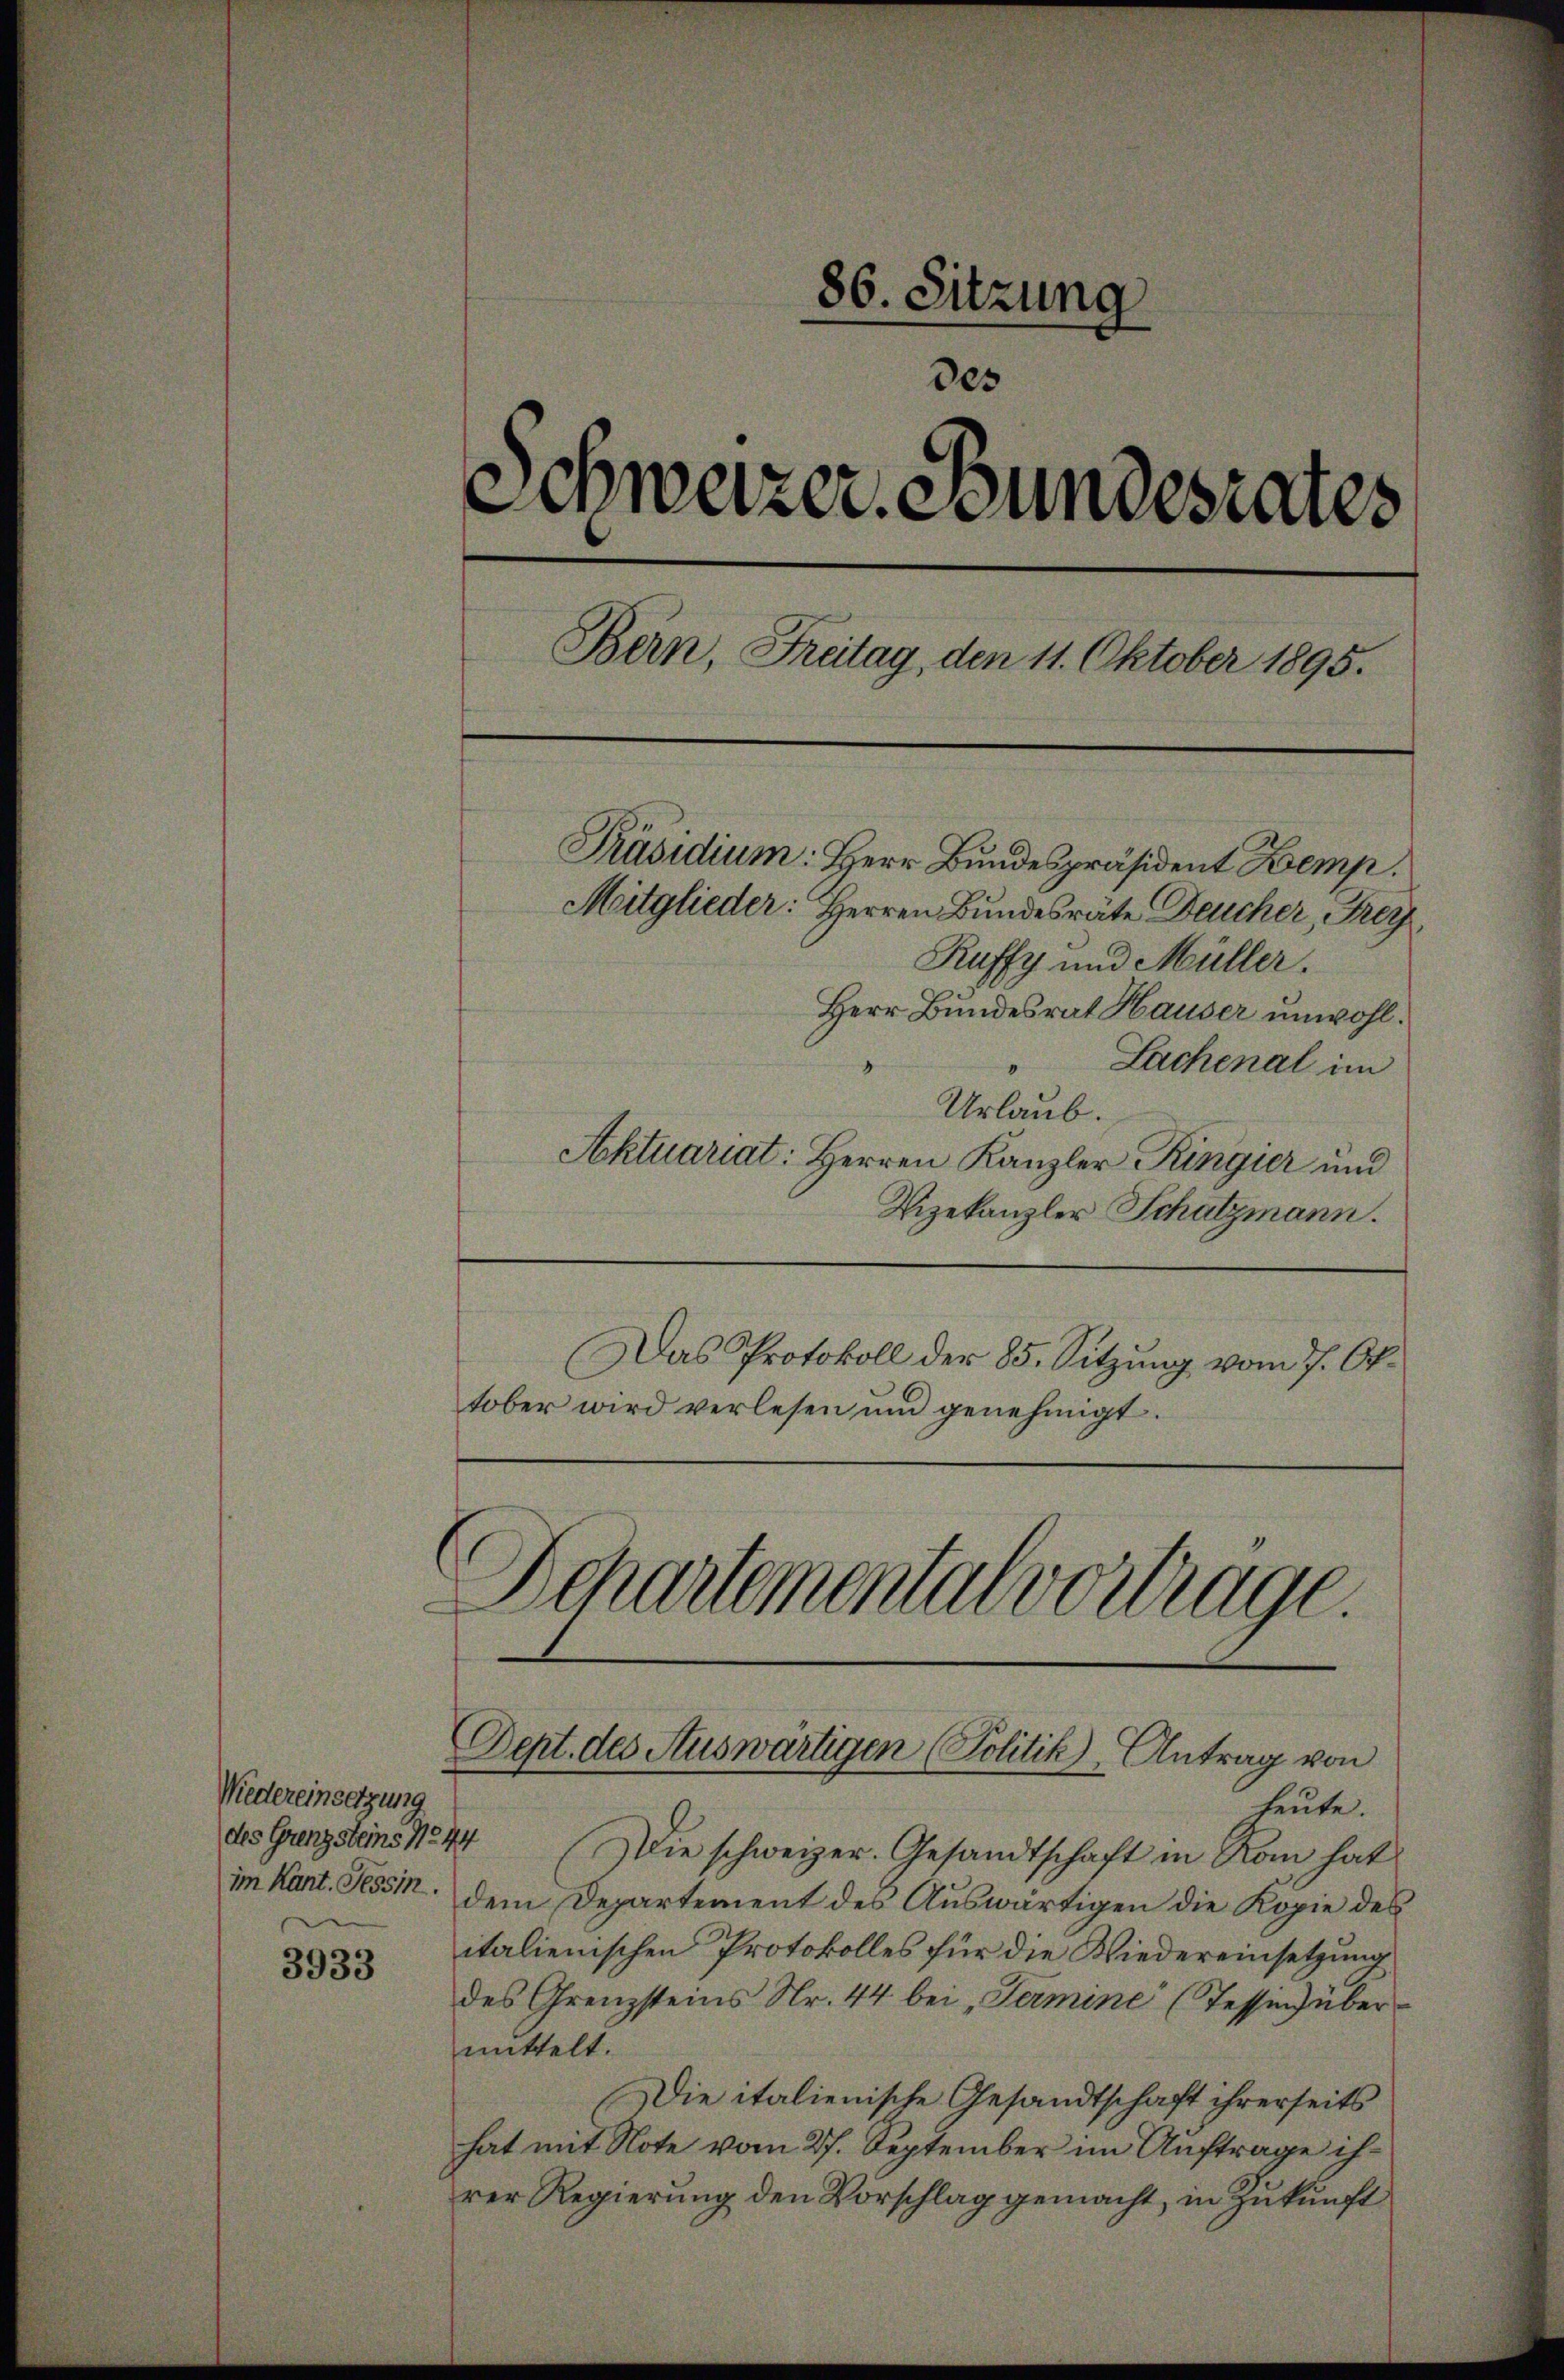
Wiedereinsetzung

3933

86. Sitzung
des
Schweizer. Bundesrates
Bern, Freitag, den 11. Oktober 1895.
Präsidium: Herr Bundespräsident Kemp.
Mitglieder: Herren Bundesräte Deucher, Frey,
Kuffy und Müller.
Herr Bundesrat Hauser unwohl.

heute.
des Grenzsteins No 44 Die schweizer. Gesandtschaft in Rom hat
im Kant. Sessi. dem Departement des Auswärtigen die Kopie des
italienischen Protokolles für die Wiedereinsetzung
des Grenzsteins Nr. 44 bei „Termine (Tessen übermittelt.
Die italienische Gesandtschaft ihrerseits
hat mit Note vom 27. September im Auftrage ihrer Regierung den Vorschlag gemacht, in Zukunft

Sachenal im
Urlaub.
Aktuariat: Herren Kanzler Ringier und
Vizekanzler Schatzmann.
Das Protokoll der 85. Sitzung vom 7. Oktober wird verlesen und genehmigt.

Schartemental vortrage.
Dept. des Auswärtigen (Politik, Antrag von